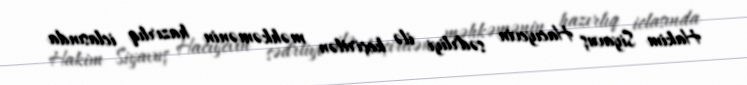
Hakim Siyavuş Hacıyevin sədrliyi ilə keçirilən məhkəmənin hazırlıq iclasında